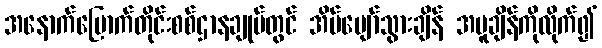
အနောက်မြောက်တိုင်းစစ်ဌာနချုပ်တွင် အိပ်ပျော်သွားချိန် အပူချိန်ကိုလိုက်၍